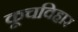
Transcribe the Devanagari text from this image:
कूचविहार